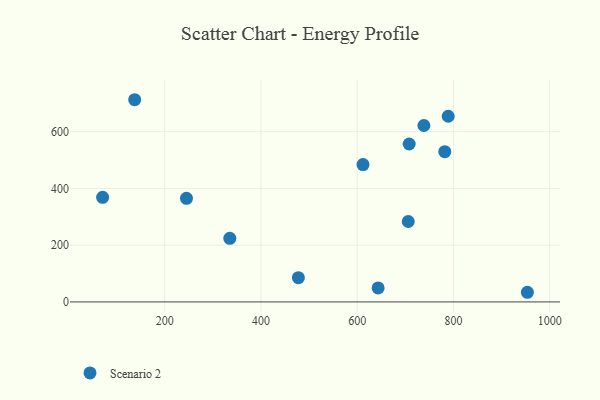
{"axis": {"x": "Price", "y": "Demand"}, "legend": ["Scenario 2"], "data": [{"x": "643.5", "y": 49.2, "type": "Scenario 2"}, {"x": "137.7", "y": 712.7, "type": "Scenario 2"}, {"x": "71.1", "y": 368.8, "type": "Scenario 2"}, {"x": "708.0", "y": 556.6, "type": "Scenario 2"}, {"x": "706.1", "y": 283.4, "type": "Scenario 2"}, {"x": "738.6", "y": 621.8, "type": "Scenario 2"}, {"x": "953.6", "y": 34.0, "type": "Scenario 2"}, {"x": "782.0", "y": 529.7, "type": "Scenario 2"}, {"x": "612.1", "y": 484.2, "type": "Scenario 2"}, {"x": "789.1", "y": 654.4, "type": "Scenario 2"}, {"x": "245.3", "y": 365.1, "type": "Scenario 2"}, {"x": "335.3", "y": 224.0, "type": "Scenario 2"}, {"x": "477.8", "y": 85.4, "type": "Scenario 2"}]}